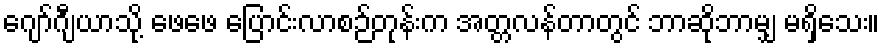
ဂျော်ဂျီယာသို့ ဖေဖေ ပြောင်းလာစဉ်တုန်းက အတ္တလန်တာတွင် ဘာဆိုဘာမျှ မရှိသေး။